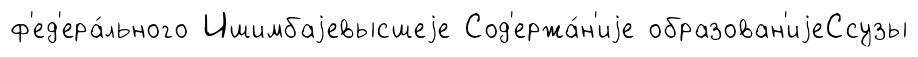
ф'ед'ера́льного Ишимбаjевысшеjе Сод'ержа́н'иjе образован'иjеСсузы